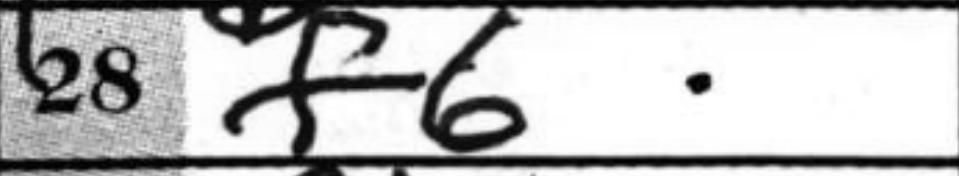
Transcription: f6